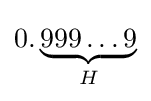
0.\underbrace {999\ldots 9} _{H}